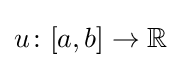
u\colon [a,b]\to \mathbb {R}